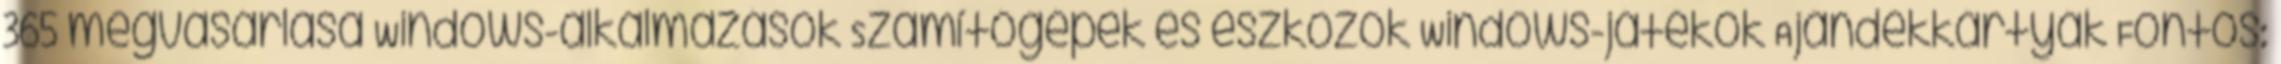
365 megvásárlása Windows-alkalmazások Számítógépek és eszközök Windows-játékok Ajándékkártyák Fontos: